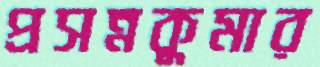
প্রসন্নকুমার